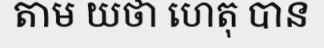
តាម យថា ហេតុ បាន